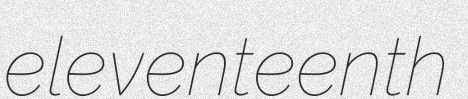
eleventeenth